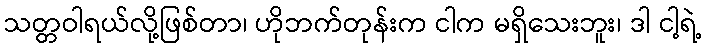
သတ္တဝါရယ်လို့ဖြစ်တာ၊ ဟိုဘက်တုန်းက ငါက မရှိသေးဘူး၊ ဒါ ငါ့ရဲ့